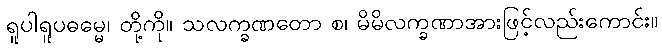
ရူပါရူပဓမ္မေ၊ တို့ကို။ သလက္ခဏတော စ၊ မိမိလက္ခဏာအားဖြင့်လည်းကောင်း။